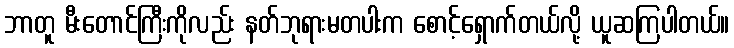
ဘာတူ မီးတောင်ကြီးကိုလည်း နတ်ဘုရားမတပါးက စောင့်ရှောက်တယ်လို့ ယူဆကြပါတယ်။